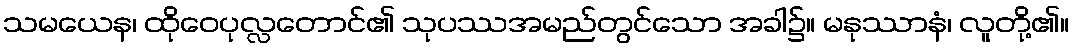
သမယေန၊ ထိုဝေပုလ္လတောင်၏ သုပဿအမည်တွင်သော အခါ၌။ မနုဿာနံ၊ လူတို့၏။